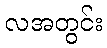
လအတွင်း